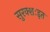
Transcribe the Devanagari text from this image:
सुरक्शःइत